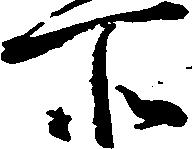
所